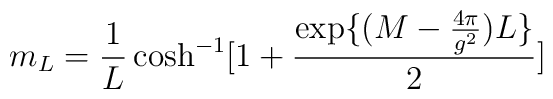
m_L=\frac{1}{L}\cosh^{-1}[1+\frac{\exp\{(M-\frac{4\pi}{g^2})L\}}{2}]